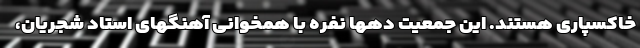
خاکسپاری هستند. این جمعیت دهها نفره با همخوانی آهنگهای استاد شجریان،